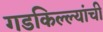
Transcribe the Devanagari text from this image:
गडकिल्ल्यांची